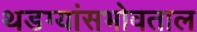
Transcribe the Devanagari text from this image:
थडग्यांसभोवताल